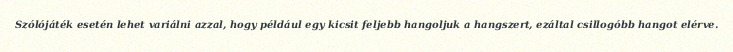
Szólójáték esetén lehet variálni azzal, hogy például egy kicsit feljebb hangoljuk a hangszert, ezáltal csillogóbb hangot elérve.